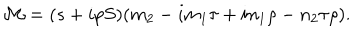
{ \cal M } = ( s + i p S ) ( m _ { 2 } - i m _ { 1 } \tau + i n _ { 1 } \rho - n _ { 2 } \tau \rho ) .